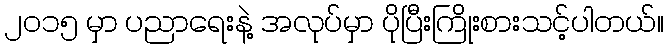
၂၀၁၅ မှာ ပညာရေးနဲ့ အလုပ်မှာ ပိုပြီးကြိုးစားသင့်ပါတယ်။